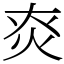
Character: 㶫